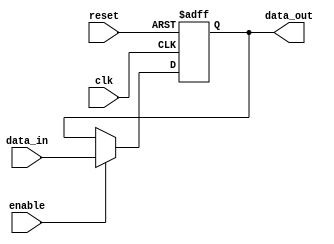
module input_register #(
    parameter DATA_WIDTH = 8  // Parameter for data width
)(
    input wire clk,            // Clock signal
    input wire reset,          // Asynchronous reset signal
    input wire enable,         // Enable signal
    input wire [DATA_WIDTH-1:0] data_in, // Input data lines
    output reg [DATA_WIDTH-1:0] data_out // Output data lines
);

// Sequential logic block
always @(posedge clk or posedge reset) begin
    if (reset) begin
        // Reset the register to zero
        data_out <= {DATA_WIDTH{1'b0}};
    end else if (enable) begin
        // Capture input data on the rising edge of the clock when enabled
        data_out <= data_in;
    end
    // If not enabled, retain previous value (data_out is registered)
end

endmodule